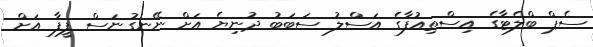
ސެޕް ބްލެޓާގެ އިސްތިއުފާގެ އަސްލު ސަބަބު ދުނިޔެ އަށް ނޭނގުނަސް ފީފާ އަށް